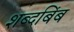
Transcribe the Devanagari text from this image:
शब्दबिंब